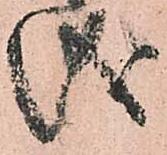
儀